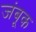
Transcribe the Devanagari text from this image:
जंबूक